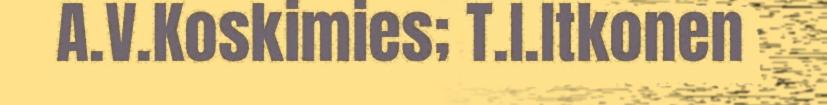
A.V.Koskimies; T.I.Itkonen